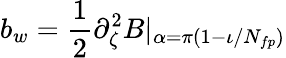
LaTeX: b_{w}=\frac{1}{2}\partial_{\zeta}^{2}B|_{\alpha=\pi(1-\iota/N_{fp})}